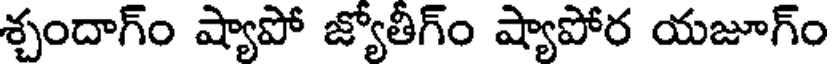
శ్చందాగ్ం ష్యాపో జ్యోతీగ్ం ష్యాపోర యజూగ్ం